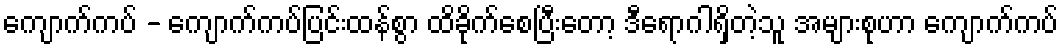
ကျောက်ကပ် - ကျောက်ကပ်ပြင်းထန်စွာ ထိခိုက်စေပြီးတော့ ဒီရောဂါရှိတဲ့သူ အများစုဟာ ကျောက်ကပ်